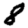
Digit: 8